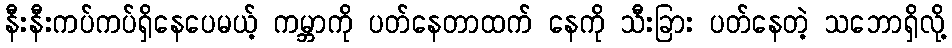
နီးနီးကပ်ကပ်ရှိနေပေမယ့် ကမ္ဘာကို ပတ်နေတာထက် နေကို သီးခြား ပတ်နေတဲ့ သဘောရှိလို့